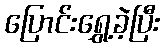
ပြောင်းရွှေ့ခဲ့ပြီး